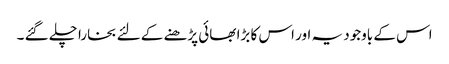
اس کے باوجود یہ اور اس کا بڑا بھائی پڑھنے کے لئے بخارا چلے گئے ۔